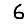
Digit: 6